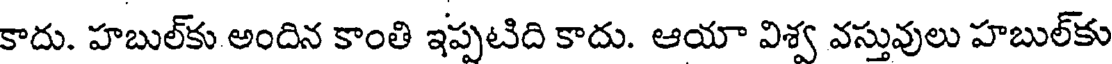
కాదు. హబుల్కు అందిన కాంతి ఇప్పటిది కాదు. ఆయా విశ్వ వస్తువులు హబుల్కు